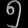
Digit: ၅